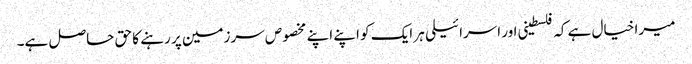
میرا خیال ہے کہ فلسطینی اور اسرائیلی ہر ایک کو اپنے اپنے مخصوص سرزمین پر رہنے کا حق حاصل ہے۔